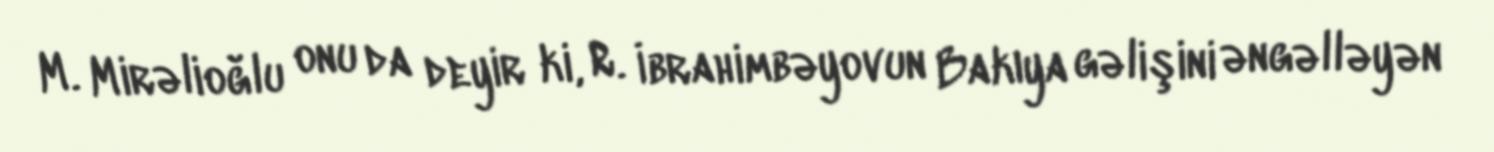
M. Mirəlioğlu onu da deyir ki, R. İbrahimbəyovun Bakıya gəlişini əngəlləyən